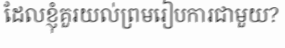
ដែលខ្ញុំគួរយល់ព្រមរៀបការជាមួយ?